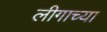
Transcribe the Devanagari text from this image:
लीगाच्या